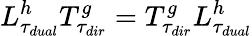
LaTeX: L_{\tau_{dual}}^{h}T_{\tau_{dir}}^{g}=T_{\tau_{dir}}^{g}L_{\tau_{dual}}^{h}